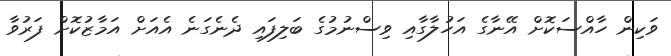
ވަކިން ހާއްސަކޮށް އޭނާގެ އަހުލާގާއި ވިސްނުމުގެ ބަލިފައި ދެނެގަނެ އެއަށް އަމާޒުކޮށް ފަރުވާ